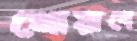
খোয়াবে